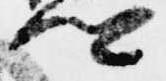
卿